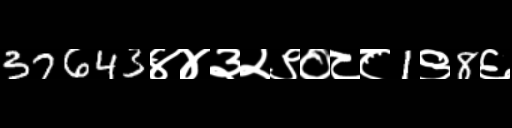
Text: 37643४४३२९०८८1९8६